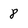
Character: 8